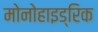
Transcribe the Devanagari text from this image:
मोनोहाइड्रिक